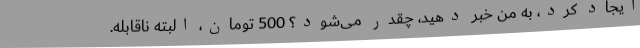
ایجاد کرد، به من خبر دهید، چقدر می‌شود؟ 500 تومان، البته ناقابله.